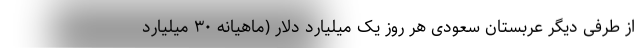
از طرفی دیگر عربستان سعودی هر روز یک میلیارد دلار (ماهیانه ۳۰ میلیارد